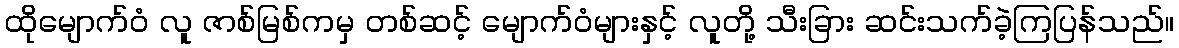
ထိုမျောက်ဝံ လူ ဇာစ်မြစ်ကမှ တစ်ဆင့် မျောက်ဝံများနှင့် လူတို့ သီးခြား ဆင်းသက်ခဲ့ကြပြန်သည်။